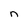
Character: n